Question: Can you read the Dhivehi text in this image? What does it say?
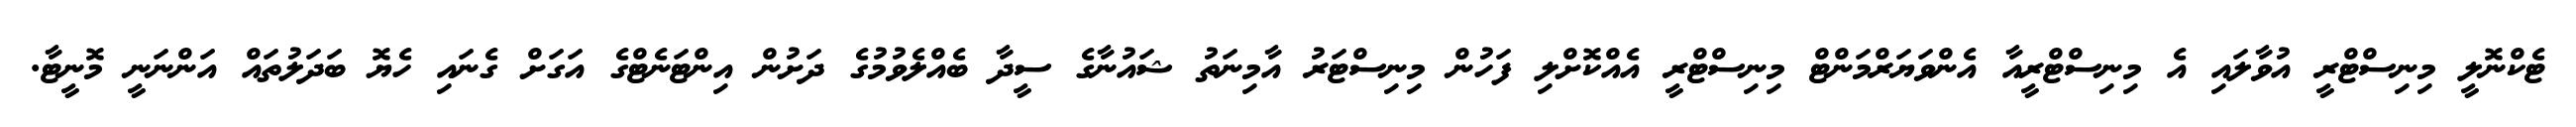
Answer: ޓެކްނޮލީ މިނިސްޓްރީ އުވާލައި އެ މިނިސްޓްރީއާ އެންވަޔަރްމަންޓް މިނިސްޓްރީ އެއްކޮށްލި ފަހުން މިނިސްޓަރު އާމިނަތު ޝައުނާގެ ސީދާ ބެއްލެވުމުގެ ދަށުން އިންޓަނެޓްގެ އަގަށް ގެނައި ހެޔޮ ބަދަލުތައް އަންނަނީ މޮނީޓާ.